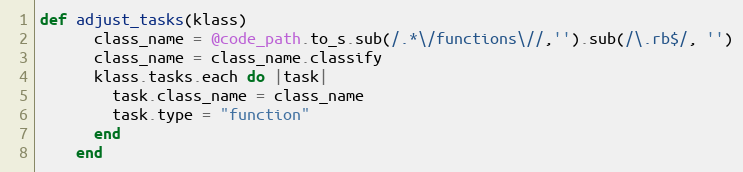
Language: Ruby
def adjust_tasks(klass)
      class_name = @code_path.to_s.sub(/.*\/functions\//,'').sub(/\.rb$/, '')
      class_name = class_name.classify
      klass.tasks.each do |task|
        task.class_name = class_name
        task.type = "function"
      end
    end